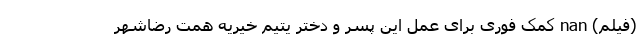
(فیلم) nan کمک فوری برای عمل این پسر و دختر یتیم خیریه همت رضاشهر